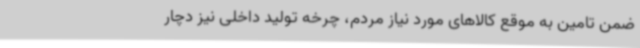
ضمن تامین به موقع کالاهای مورد نیاز مردم، چرخه تولید داخلی نیز دچار